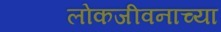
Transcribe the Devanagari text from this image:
लोकजीवनाच्या